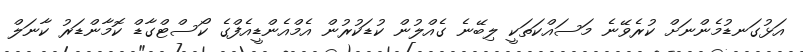
އަޅުގަނޑުމެންނަށް ކުރެވޭނެ މަސައްކަތަކީ ލިބޭނެ ގެއްލުން ކުޑަކުރުން އެމްއެންޑީއެފްގެ ކޯސްޓްގާޑް ކޮމާންޑަރު ކާނަލް